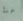
خذا